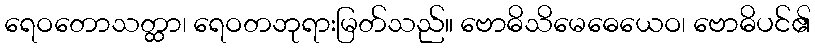
ရေဝတောသတ္ထာ၊ ရေဝတဘုရားမြတ်သည်။ ဗောဓိသိမေဓေယေဝ၊ ဗောဓိပင်၏